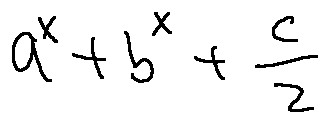
a ^ { x } + b ^ { x } + \frac { c } { 2 }